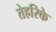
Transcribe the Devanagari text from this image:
तेहरिके